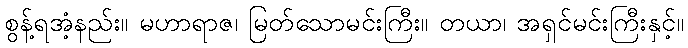
စွန့်ရအံ့နည်း။ မဟာရာဇ၊ မြတ်သောမင်းကြီး။ တယာ၊ အရှင်မင်းကြီးနှင့်။